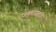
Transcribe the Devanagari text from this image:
राजकुमारासाठी